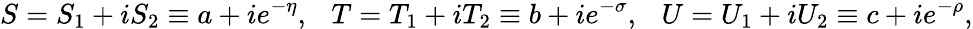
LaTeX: S=S_{1}+iS_{2}\equiv a+ie^{-\eta},\ \ \ T=T_{1}+iT_{2}\equiv b+ie^{-\sigma},\ \ \ U=U_{1}+iU_{2}\equiv c+ie^{-\rho},